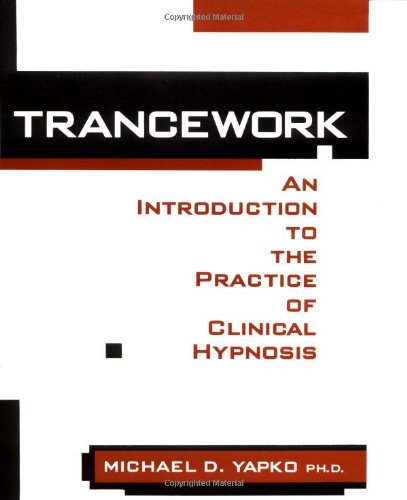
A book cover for Trancework: An Introduction to the Practice of Clinical Hypnosis, Second Edition; Michael D. Yapko; Health, Fitness & Dieting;